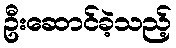
ဦးဆောင်ခဲ့သည့်